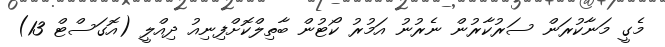
މެގީ މަނާކުުރަން ސަރުކާރުން ނެރުނު އަމުރު ކޯޓުން ބާތިލްކޮށްފިނިއު ދިއްލީ (އޮގަސްޓް 13)